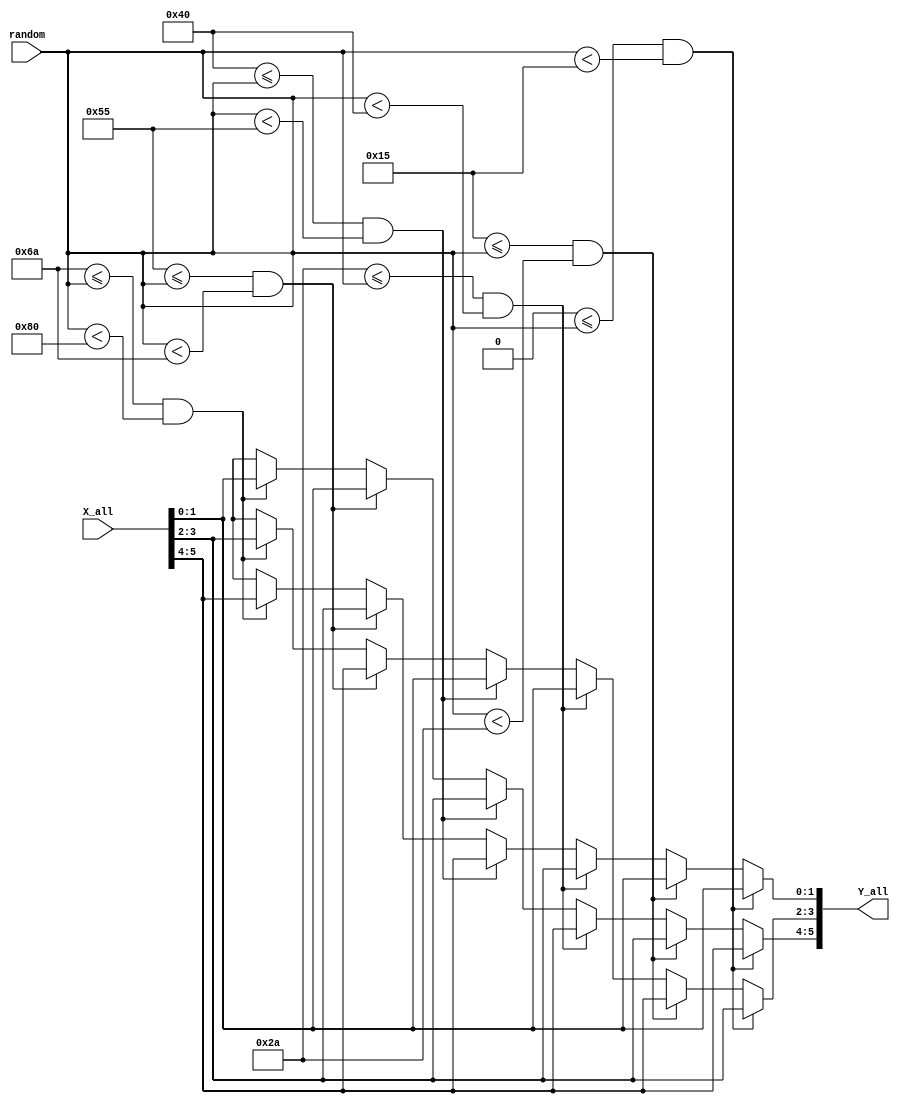
module randomPerm3Map(X_all, Y_all, random);
    input [5:0] X_all;
    input [6:0] random;
    output reg [5:0] Y_all;
    always @* begin
        if (0 <= random && random < 21) begin
            Y_all[1:0] <= X_all[1:0];
            Y_all[3:2] <= X_all[3:2];
            Y_all[5:4] <= X_all[5:4];
        end else if (21 <= random && random < 42) begin
            Y_all[1:0] <= X_all[1:0];
            Y_all[5:4] <= X_all[3:2];
            Y_all[3:2] <= X_all[5:4];
        end else if (42 <= random && random < 64) begin
            Y_all[3:2] <= X_all[1:0];
            Y_all[1:0] <= X_all[3:2];
            Y_all[5:4] <= X_all[5:4];
        end else if (64 <= random && random < 85) begin
            Y_all[3:2] <= X_all[1:0];
            Y_all[5:4] <= X_all[3:2];
            Y_all[1:0] <= X_all[5:4];
        end else if (85 <= random && random < 106) begin
            Y_all[5:4] <= X_all[1:0];
            Y_all[1:0] <= X_all[3:2];
            Y_all[3:2] <= X_all[5:4];
        end else if (106 <= random && random < 128) begin
            Y_all[5:4] <= X_all[1:0];
            Y_all[3:2] <= X_all[3:2];
            Y_all[1:0] <= X_all[5:4];
        end else begin
            Y_all <= 6'bx;
        end
    end
endmodule